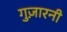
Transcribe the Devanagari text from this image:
गुज़ारनी